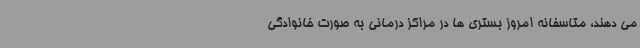
می دهند، متاسفانه امروز بستری ها در مراکز درمانی به صورت خانوادگی